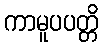
ကာမူပပတ္တိ